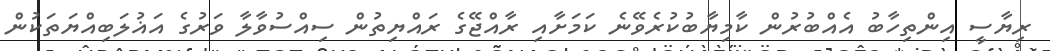
ރިޔާސީ އިންތިހާބު އެއްބުރުން ކާމިޔާބުކުރެވޭނެ ކަމަށާއި ރާއްޖޭގެ ރައްޔިތުން ސިއްސުވާލާ ވަރުގެ އަޣުލަބިއްޔަތަކުން